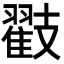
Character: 𭣟